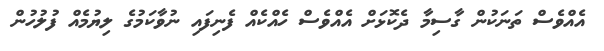
އެއްވެސް ތަނަކުން ގާސިމާ ދެކޮޅަށް އެއްވެސް ހެއްކެއް ފެނިފައި ނުވާކަމުގެ ލިޔުމެއް ފުލުހުން